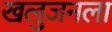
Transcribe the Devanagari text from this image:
खलुजनला